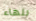
بلهاء